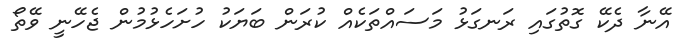
އޭނާ ދެކޭ ގޮތުގައި ރަނގަޅު މަސައްތަކެއް ކުރަން ބަޔަކު ހުށަހެޅުމުން ޖެހޭނީ ވޭތޯ